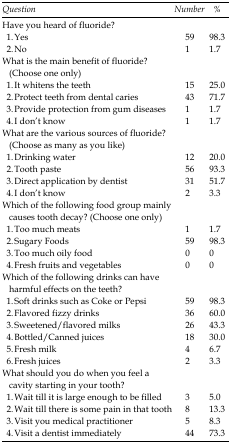
<table><thead><tr><td><b><i>Question</i></b></td><td><b><i>Number</i></b></td><td><b><i>%</i></b></td></tr></thead><tbody><tr><td colspan="3">Have you heard of fluoride?</td></tr><tr><td>1. Yes</td><td>59</td><td>98.3</td></tr><tr><td>2. No</td><td>1</td><td>1.7</td></tr><tr><td colspan="3">What is the main benefit of fluoride? (Choose one only)</td></tr><tr><td>1. It whitens the teeth</td><td>15</td><td>25.0</td></tr><tr><td>2. Protect teeth from dental caries</td><td>43</td><td>71.7</td></tr><tr><td>3. Provide protection from gum diseases</td><td>1</td><td>1.7</td></tr><tr><td>4. I don’t know</td><td>1</td><td>1.7</td></tr><tr><td colspan="3">What are the various sources of fluoride? (Choose as many as you like)</td></tr><tr><td>1. Drinking water</td><td>12</td><td>20.0</td></tr><tr><td>2. Tooth paste</td><td>56</td><td>93.3</td></tr><tr><td>3. Direct application by dentist</td><td>31</td><td>51.7</td></tr><tr><td>4. I don’t know</td><td>2</td><td>3.3</td></tr><tr><td colspan="3">Which of the following food group mainly causes tooth decay? (Choose one only)</td></tr><tr><td>1. Too much meats</td><td>1</td><td>1.7</td></tr><tr><td>2. Sugary Foods</td><td>59</td><td>98.3</td></tr><tr><td>3. Too much oily food</td><td>0</td><td>0</td></tr><tr><td>4. Fresh fruits and vegetables</td><td>0</td><td>0</td></tr><tr><td colspan="3">Which of the following drinks can have harmful effects on the teeth?</td></tr><tr><td>1. Soft drinks such as Coke or Pepsi</td><td>59</td><td>98.3</td></tr><tr><td>2. Flavored fizzy drinks</td><td>36</td><td>60.0</td></tr><tr><td>3. Sweetened/flavored milks</td><td>26</td><td>43.3</td></tr><tr><td>4. Bottled/Canned juices</td><td>18</td><td>30.0</td></tr><tr><td>5. Fresh milk</td><td>4</td><td>6.7</td></tr><tr><td>6. Fresh juices</td><td>2</td><td>3.3</td></tr><tr><td colspan="3">What should you do when you feel a cavity starting in your tooth?</td></tr><tr><td>1. Wait till it is large enough to be filled</td><td>3</td><td>5.0</td></tr><tr><td>2. Wait till there is some pain in that tooth</td><td>8</td><td>13.3</td></tr><tr><td>3. Visit you medical practitioner</td><td>5</td><td>8.3</td></tr><tr><td>4. Visit a dentist immediately</td><td>44</td><td>73.3</td></tr></tbody></table>